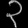
Digit: ၃